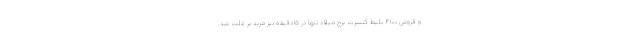
و فروش ۴۱۰۰ بلیط کنسرت برج میلاد تنها در ۱۵دقیقه نیز مزید بر علت شد.